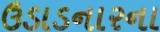
ઉડાડનારના